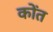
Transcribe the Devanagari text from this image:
कोंत